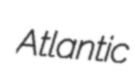
Atlantic